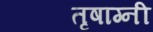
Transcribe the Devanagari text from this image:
तृषाग्नी